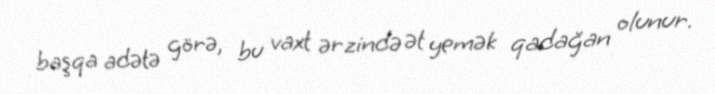
başqa adətə görə, bu vaxt ərzində ət yemək qadağan olunur.